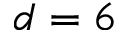
d = 6